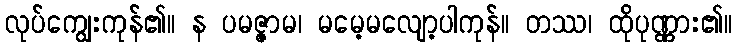
လုပ်ကျွေးကုန်၏။ န ပမဇ္ဇာမ၊ မမေ့မလျော့ပါကုန်။ တဿ၊ ထိုပုဏ္ဏား၏။